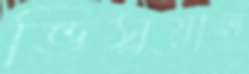
ভিসুয়াল